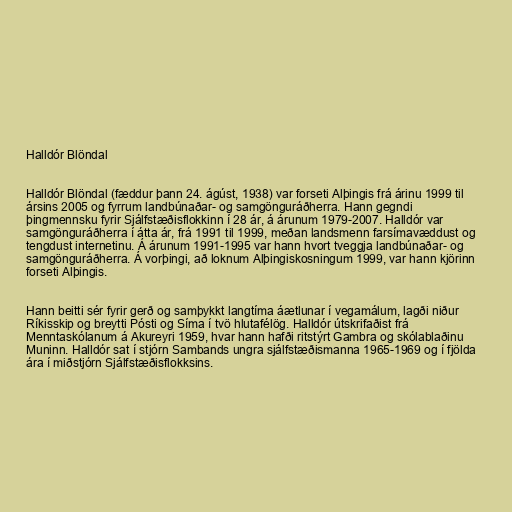
Halldór Blöndal

Halldór Blöndal (fæddur þann 24. ágúst, 1938) var forseti Alþingis frá árinu 1999 til
ársins 2005 og fyrrum landbúnaðar- og samgönguráðherra. Hann gegndi
þingmennsku fyrir Sjálfstæðisflokkinn í 28 ár, á árunum 1979-2007. Halldór var
samgönguráðherra í átta ár, frá 1991 til 1999, meðan landsmenn farsímavæddust og
tengdust internetinu. Á árunum 1991-1995 var hann hvort tveggja landbúnaðar- og
samgönguráðherra. Á vorþingi, að loknum Alþingiskosningum 1999, var hann kjörinn
forseti Alþingis.

Hann beitti sér fyrir gerð og samþykkt langtíma áætlunar í vegamálum, lagði niður
Ríkisskip og breytti Pósti og Síma í tvö hlutafélög. Halldór útskrifaðist frá
Menntaskólanum á Akureyri 1959, hvar hann hafði ritstýrt Gambra og skólablaðinu
Muninn. Halldór sat í stjórn Sambands ungra sjálfstæðismanna 1965-1969 og í fjölda
ára í miðstjórn Sjálfstæðisflokksins.